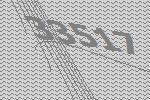
33517